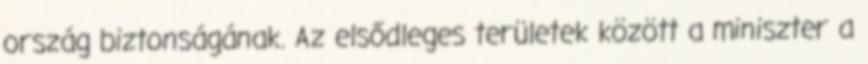
ország biztonságának. Az elsődleges területek között a miniszter a